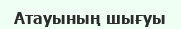
Атауының шығуы